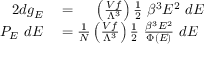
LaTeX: \begin{array} { r l } { { 2 } d g _ { E } } & { { } = \quad \ \left( { \frac { V f } { \Lambda ^ { 3 } } } \right) { \frac { 1 } { 2 } } ~ \beta ^ { 3 } E ^ { 2 } ~ d E } \\ { P _ { E } ~ d E } & { { } = { \frac { 1 } { N } } \left( { \frac { V f } { \Lambda ^ { 3 } } } \right) { \frac { 1 } { 2 } } ~ { \frac { \beta ^ { 3 } E ^ { 2 } } { \Phi ( E ) } } ~ d E } \end{array}